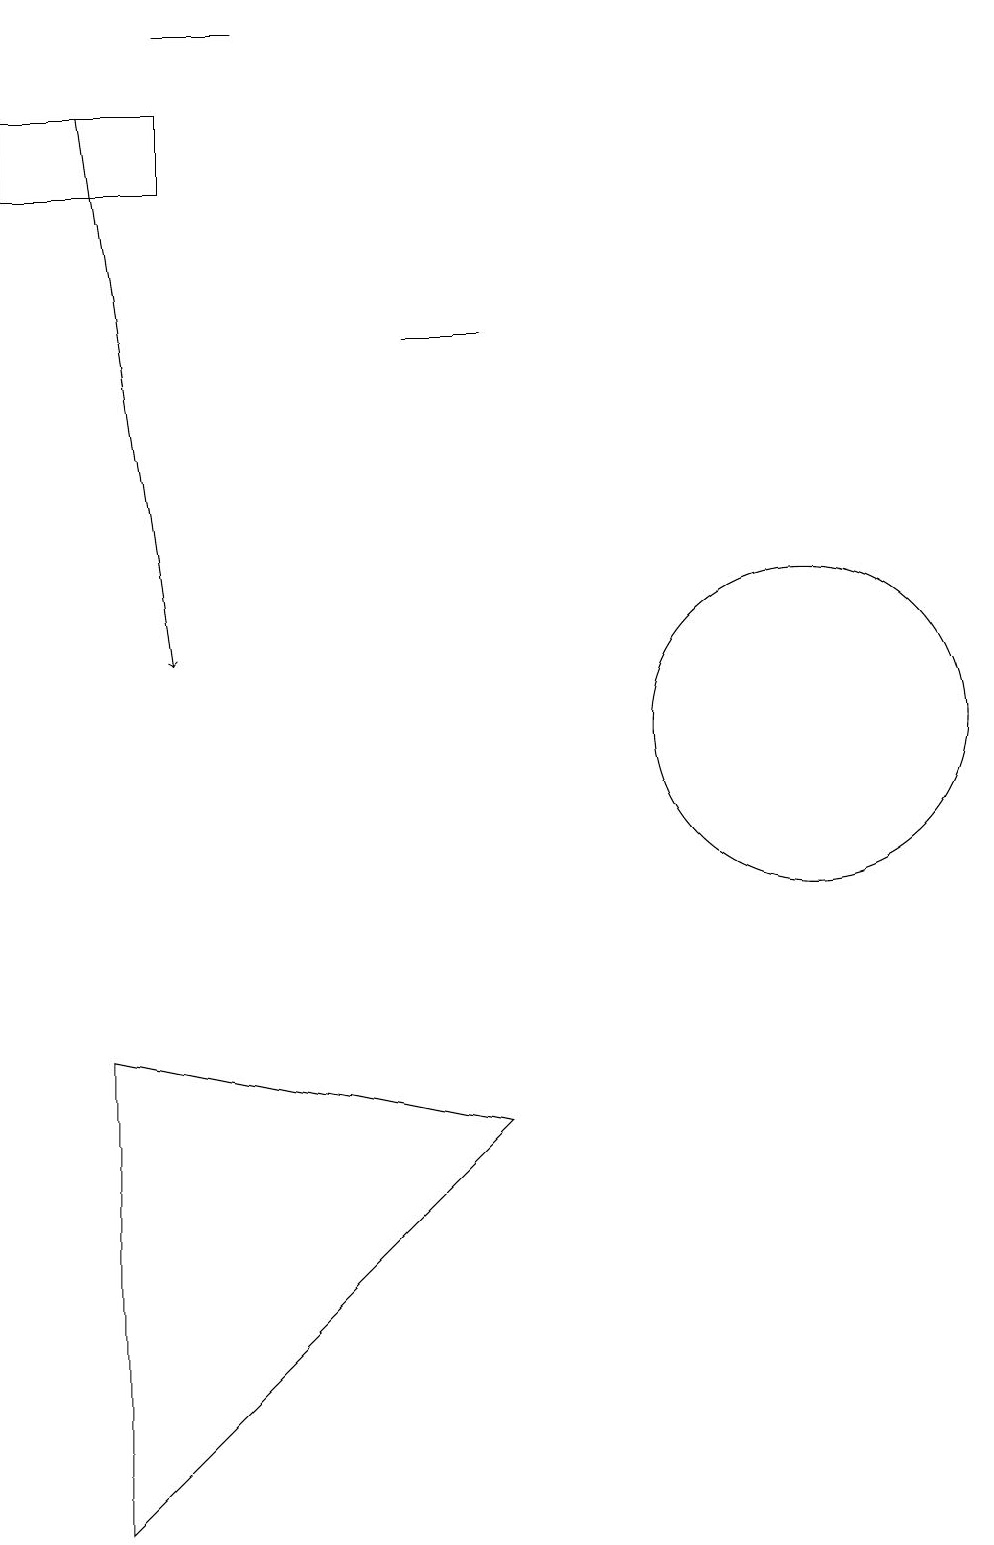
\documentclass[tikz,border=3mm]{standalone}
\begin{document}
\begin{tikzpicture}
\draw (3,6) -- (3,0) -- (8,5) -- cycle;
\draw (4,18) rectangle (2,17);
\draw[->] (3,18) -- (4,11);
\draw (8,15) rectangle (7,15);
\draw (11,11) circle (0);
\draw (12,10) circle (2);
\draw (5,19) rectangle (4,19);
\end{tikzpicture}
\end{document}